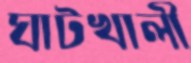
ঘাটখালী